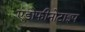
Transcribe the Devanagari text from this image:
एंडोफीनोटाइप